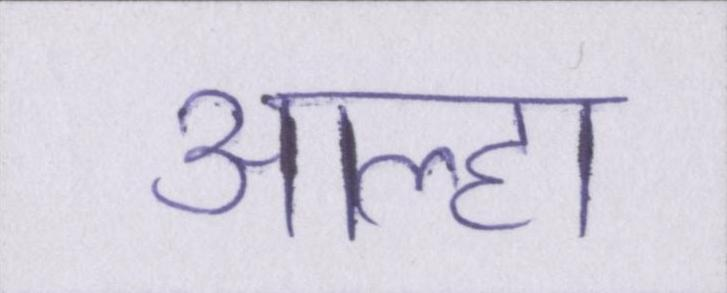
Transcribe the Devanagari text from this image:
आल्हा